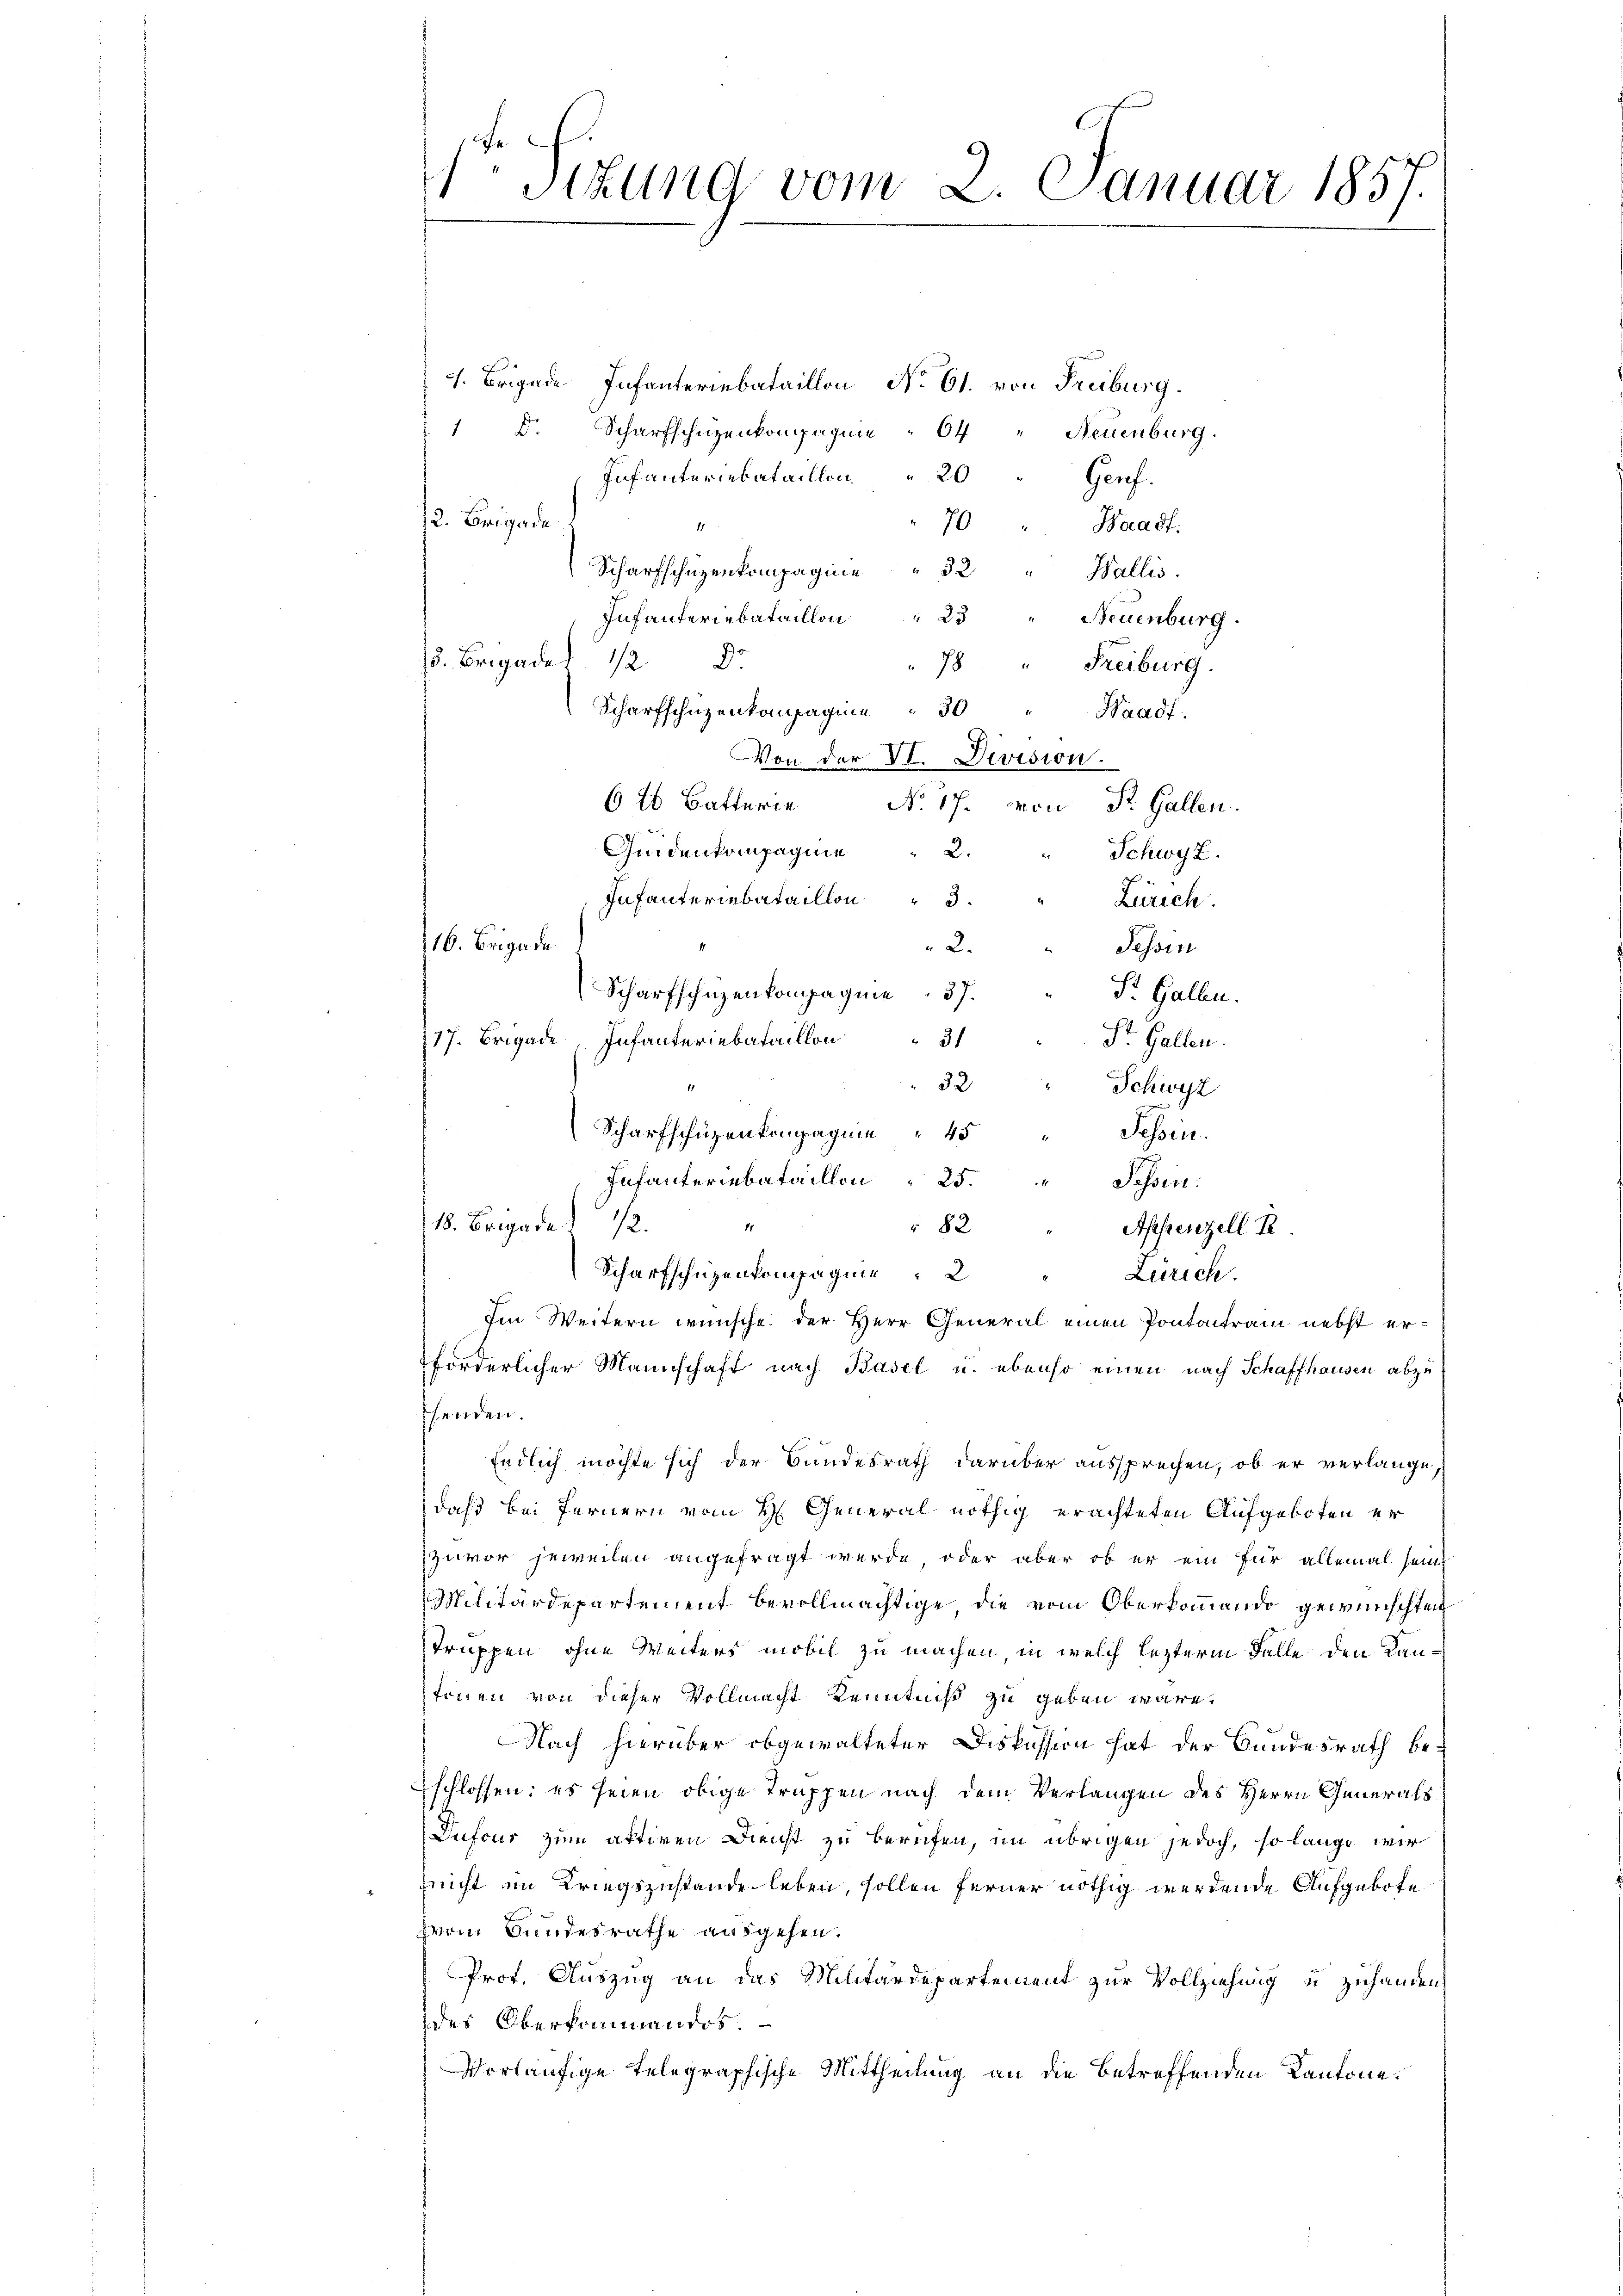
1Stzung vom 2. Januar 1857.

. Brigade Infanteriebataillon No 61. von Freiburg.
Scharfschuzenkompagnie
Dr.
64 " Neuenburg.
20
Infanteriebataillon
Gruh.
2. Brigade
70
Waadt.
1
Scharfschüzenkompagnie 32
Wallis.
23
Infanteriebataillon
Neuenburg.
15. Brigaden 128.
h
Freiburg.
Scharfschuzenkompagnie
30
Waadt.
Von der VI. Devision.
6 26 Batterie No. 17. von St. Gallen.
2.
Gedenkompagnie
Schwyz.
Zürich
2.
Tessin
St. Gallen.
St. Gallen.
32
Schwyz
Schen.
82.
Appenzell R
Zürich.
Im Weitern wünsche der Herr General einen Pontantram nebst erhenden.
Endlich möchte sich der Bundesrath darüber aussprechen, ob er verlange,
daß bei Fernern vom 4. General nöthig erachteten Aufgeboten er
Zuvor jeweilen angefragt wurde, oder aber ob er ein für allemal sein
Militärdepartement bevollmächtige die vom Oberkommando gewünschten
struppen, ohne Weiters mobil zu machen, in welch lezterm Falle den Kantönen von dieser Vollmacht Kenntniß zu geben wäre.
Nach hierüber obgewalteter Diskussion hat der Bundesrath be-
schlossen: es seien obige Truppen nach dem Verlangen des Herrn Generals
Dufeur zum aktiven Dienst zu berufen, im übrigen jedoch, so lange wir
nnicht im Kriegszustande leben, sollen ferner nöthig werdende Aufgebote
vom Bundesrathe ausgehen.
Prof. Auszug an das Militärdepartement zur Vollziehung u zuhanden
des Oberkommendos.
Vorläufige Telegraphische Mittheilung an die betreffenden Kantone.

Infanteriebataillon 3.
16. Brigade
717. Brigade Infanteriebataillon
Scharfschüzenkompagnie 45
Infanteriebataillon 25. Sessen:
18. Brigade) 12.
Scharfschüzenkompagnie
forderlicher Mannschaft nach Basel u. ebenso einen nach Schaffhausen abzu

Scharfschüzenkompagnie 37.